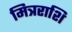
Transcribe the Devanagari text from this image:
मित्रराशि